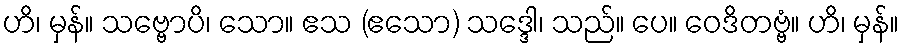
ဟိ၊ မှန်။ သဗ္ဗောပိ၊ သော။ ဧသ (ဧသော) သဒ္ဒေါ၊ သည်။ ပေ။ ဝေဒိတဗ္ဗံ။ ဟိ၊ မှန်။